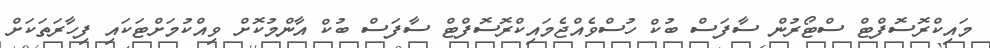
މައިކްރޮސޮފްޓް ސްޓޯރުން ސާފަސް ބުކް ހުސްވެއްޖެމައިކްރޮސޮފްޓް ސާފަސް ބުކް އާންމުކޮށް ވިއްކުމަށްޓަކައި ފިހާރަތަކަށް